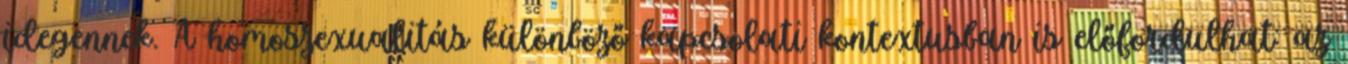
idegennek. A homoszexualitás különböző kapcsolati kontextusban is előfordulhat: az